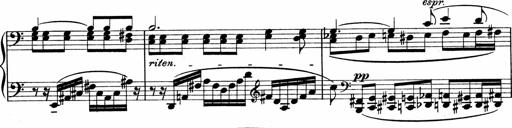
Title: Sonatina No.1
Composer: Otto Stoll
Key: C major